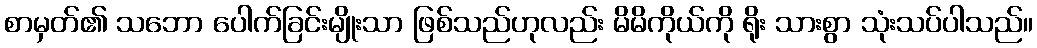
စာမှတ်၏ သဘော ပေါက်ခြင်းမျိုးသာ ဖြစ်သည်ဟုလည်း မိမိကိုယ်ကို ရိုး သားစွာ သုံးသပ်ပါသည်။